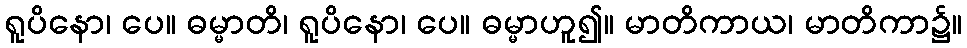
ရူပိနော၊ ပေ။ ဓမ္မာတိ၊ ရူပိနော၊ ပေ။ ဓမ္မာဟူ၍။ မာတိကာယ၊ မာတိကာ၌။